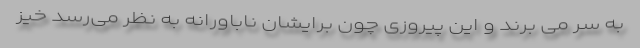
به سر می برند و این پیروزی چون برایشان ناباورانه به نظر می‌رسد خیز